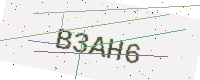
Text: B3AH6